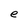
Character: e